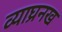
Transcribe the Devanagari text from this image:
व्याघ्रनख